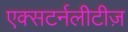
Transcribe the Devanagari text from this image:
एक्सटर्नलीटीज़